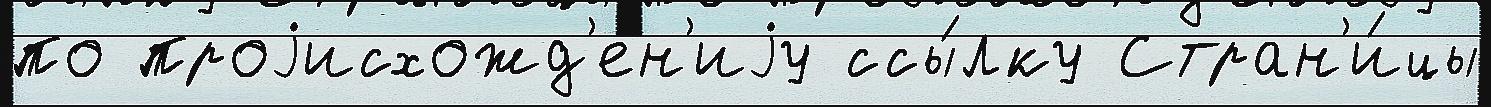
по проjисхожд'е́н'иjу ссы́лку Стран'и́цы